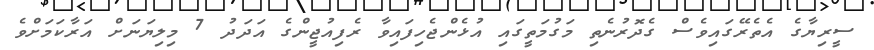
ސީރިޔާގެ އެތެރޭގައިވެސް ގެދޮރުނެތި މަގުމަތީގައި އުޅެންޖެހިފައިވާ ރެފިއުޖީންގެ އަދަދު 7 މިލިޔަނަށް އަރާކަމަށްވެ